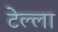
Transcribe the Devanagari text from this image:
टेल्ला